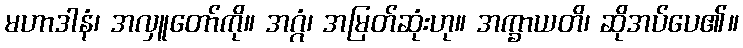
မဟာဒါနံ၊ အလှူတော်ကို။ အဂ္ဂံ၊ အမြတ်ဆုံးဟု။ အက္ခာယတိ၊ ဆိုအပ်ပေ၏။